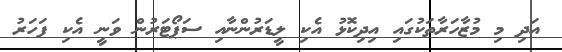
އަދި މި މުޒާހަރާތަކުގައި އިދިކޮޅު އެކި ލީޑަރުންނާއި ސަޕޯޓަރުން ވަނީ އެކި ފަހަރު